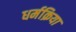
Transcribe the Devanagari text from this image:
धर्मक्रिया